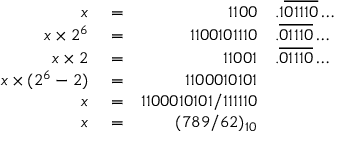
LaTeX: \begin{array} { r l r l } { x } & { { } = } & { 1 1 0 0 } & { { } . 1 { \overline { { 0 1 1 1 0 } } } \ldots } \\ { x \times 2 ^ { 6 } } & { { } = } & { 1 1 0 0 1 0 1 1 1 0 } & { { } . { \overline { { 0 1 1 1 0 } } } \ldots } \\ { x \times 2 } & { { } = } & { 1 1 0 0 1 } & { { } . { \overline { { 0 1 1 1 0 } } } \ldots } \\ { x \times ( 2 ^ { 6 } - 2 ) } & { { } = } & { 1 1 0 0 0 1 0 1 0 1 } \\ { x } & { { } = } & { 1 1 0 0 0 1 0 1 0 1 / 1 1 1 1 1 0 } \\ { x } & { { } = } & { ( 7 8 9 / 6 2 ) _ { 1 0 } } \end{array}